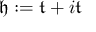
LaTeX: { \mathfrak { h } } : = { \mathfrak { t } } + i { \mathfrak { t } }